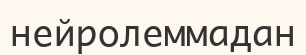
нейролеммадан